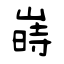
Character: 嵳